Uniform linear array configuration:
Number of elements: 12
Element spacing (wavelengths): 1
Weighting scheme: uniform
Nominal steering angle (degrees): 30
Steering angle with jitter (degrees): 28.575
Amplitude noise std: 0.05
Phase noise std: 0.05

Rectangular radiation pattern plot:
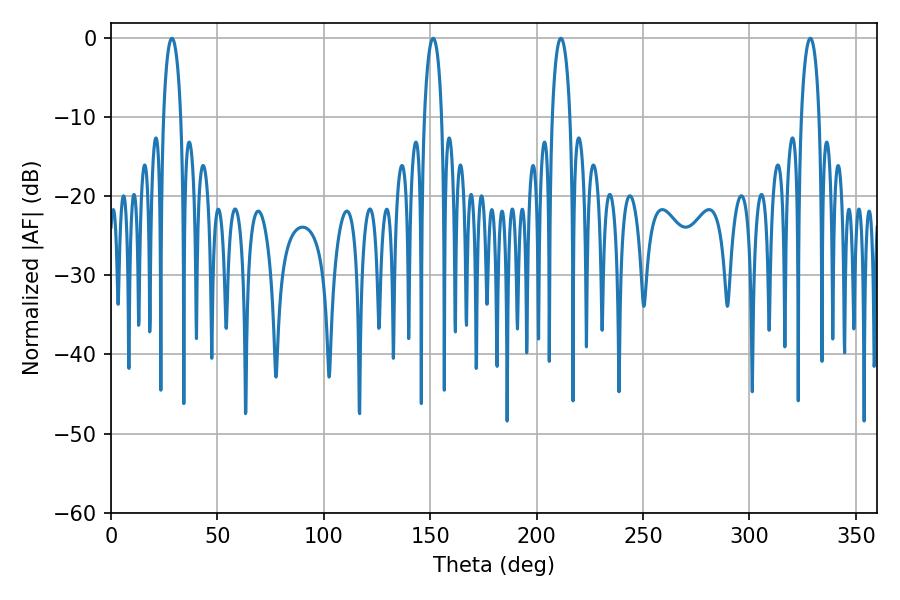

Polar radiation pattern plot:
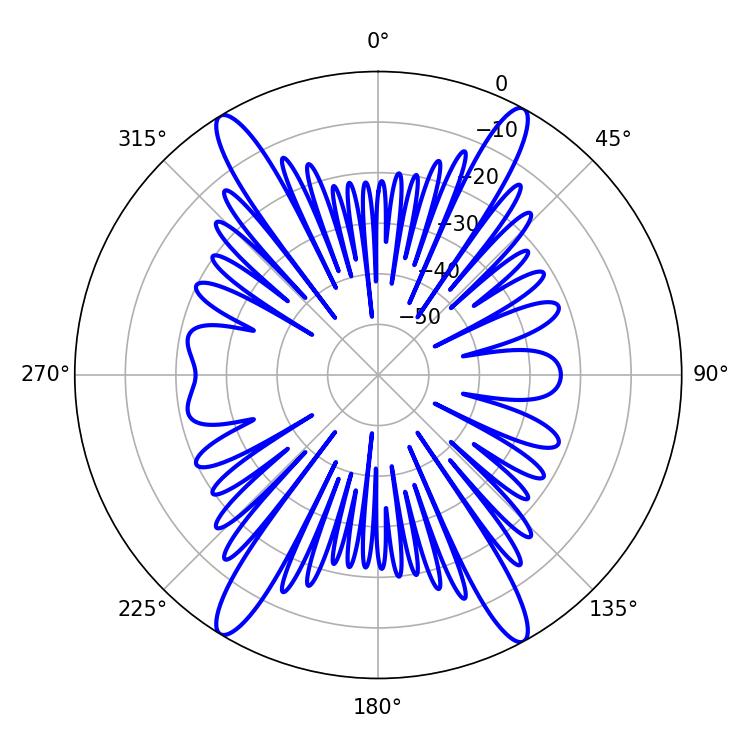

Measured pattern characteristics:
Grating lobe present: TRUE
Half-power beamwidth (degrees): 4.68
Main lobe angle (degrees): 28.62